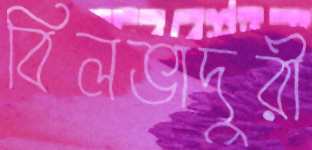
বিলভাদুরী